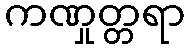
ကဏှုတ္တရာ